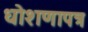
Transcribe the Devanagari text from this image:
धोशणापत्र